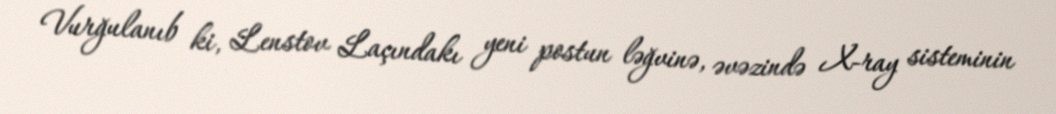
Vurğulanıb ki, Lenstov Laçındakı yeni postun ləğvinə, əvəzində X-ray sisteminin